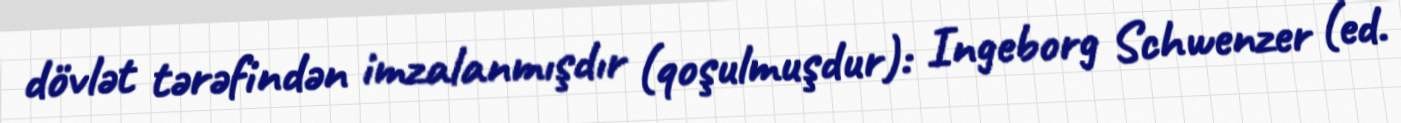
dövlət tərəfindən imzalanmışdır (qoşulmuşdur): Ingeborg Schwenzer (ed.